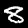
Digit: 8